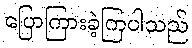
ပြောကြားခဲ့ကြပါသည်